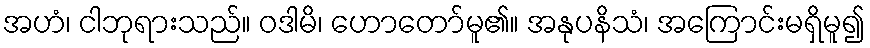
အဟံ၊ ငါဘုရားသည်။ ဝဒါမိ၊ ဟောတော်မူ၏။ အနုပနိသံ၊ အကြောင်းမရှိမူ၍